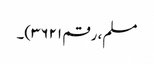
مسلم، رقم ۳۶۲۱)۔